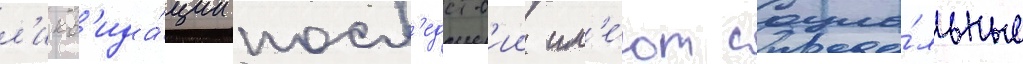
л'икв'ида́ции посл'едств'ии им'е́ют социа́льные